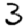
Digit: 3